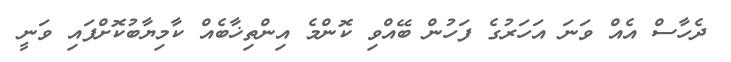
ދެހާސް އެއް ވަނަ އަހަރުގެ ފަހުން ބޭއްވި ކޮންމެ އިންތިޚާބެއް ކާމިޔާބުކޮށްފައި ވަނީ